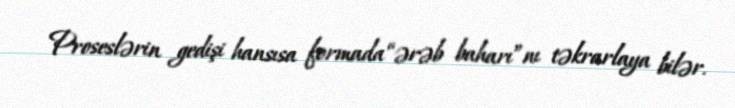
Proseslərin gedişi hansısa formada “ərəb baharı”nı təkrarlaya bilər.